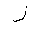
Letter: _zay